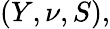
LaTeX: (Y,\nu,S),